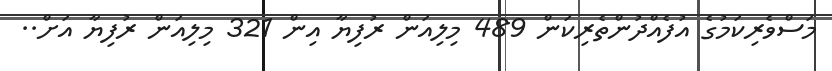
މަސްވެރިކަމުގެ އުފެއްދުންތެރިކަން 489 މިލިއަން ރުފިޔާ އިން 321 މިލިއަން ރުފިޔާ އަށް..